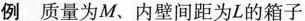
例 质量为M、内壁间距为L的箱子